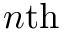
n \mathrm { t h }